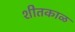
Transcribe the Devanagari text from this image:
शीतकाळ